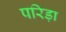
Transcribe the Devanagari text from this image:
परिड़ा